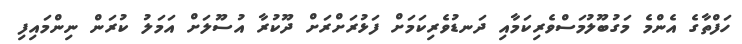
ހަފްތާގެ އެންމެ މަގުބޫލުމަސްވެރިކަމާއި ދަނޑުވެރިކަމަށް ފަޅުރަށްރަށް ދޫކުރާ އުސޫލަށް އަމަލު ކުރަން ނިންމައިފި